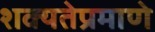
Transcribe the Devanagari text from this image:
शक्यतेप्रमाणे